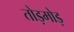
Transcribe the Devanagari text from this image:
तोड़मोड़